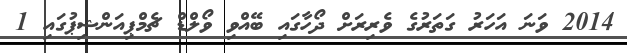
2014 ވަނަ އަހަރު ގަތަރުގެ ވެރިރަށް ދޯހާގައި ބޭއްވި ވޯލްޑް ޗެމްޕިއަންޝިޕުގައި 1